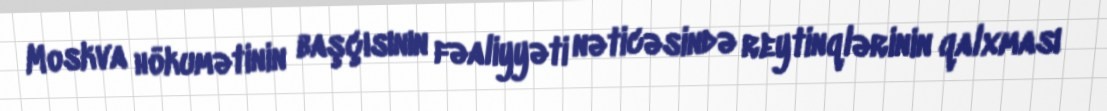
Moskva hökumətinin başçısının fəaliyyəti nəticəsində reytinqlərinin qalxması